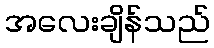
အလေးချိန်သည်